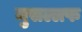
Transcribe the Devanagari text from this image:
मुसल्लफ